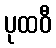
ပုထဝီ